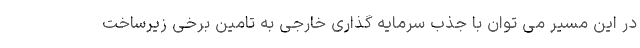
در این مسیر می توان با جذب سرمایه گذاری خارجی به تامین برخی زیرساخت